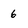
Character: 6